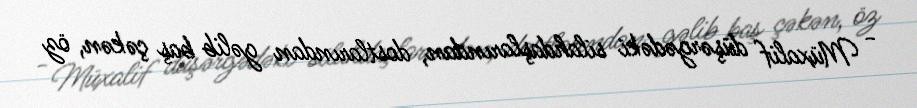
- Müxalif düşərgədəki silahdaşlarından, dostlarından gəlib baş çəkən, öz